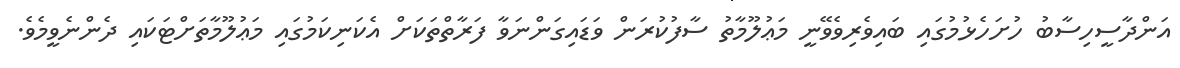
އަންދާސީހިސާބު ހުށަހެޅުމުގައި ބައިވެރިވެވޭނީ މަޢުލޫމާތު ސާފުކުރަން ވަޑައިގަންނަވާ ފަރާތްތަކަށް އެކަނިކަމުގައި މަޢުލޫމާތަށްޓަކައި ދެންނެވީމެވެ.